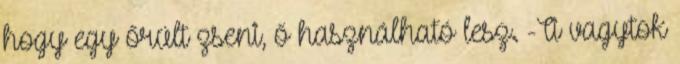
hogy egy őrült zseni, ő használható lesz. -Ti vagytok